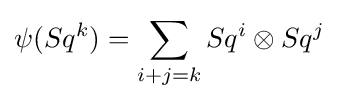
\psi (Sq^{k})=\sum _{i+j=k}Sq^{i}\otimes Sq^{j}